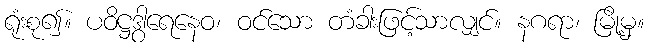
ရုံးစု၍။ ပဝိဋ္ဌဒွါရေနေဝ၊ ဝင်သော တံခါးဖြင့်သာလျှင်။ နဂရာ၊ မြို့မှ။